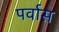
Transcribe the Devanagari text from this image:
पर्वास